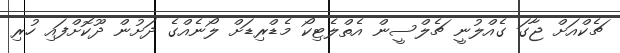
ޗެކްއަށް ޖާގަ ގެއްލުނީ ޗެލްސީން އެތްލެޓިކޯ މެޑްރިޑަށް ލޯނެއްގެ ދަށުން ދޫކޮށްފައި ހުރި